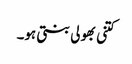
کتنی بھولی بنتی ہو۔